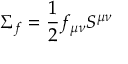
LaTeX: \Sigma _ { f } = \frac { 1 } { 2 } f _ { \mu \nu } S ^ { \mu \nu }